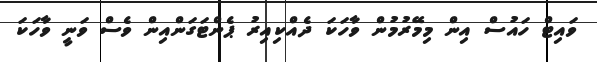
ވައިޓް ހައުސް އިން މިމޭރުމުން ވާހަކަ ދެއްކިއިރު ޕެންޓަގަންއިން ވެސް ވަނީ ވާހަކަ